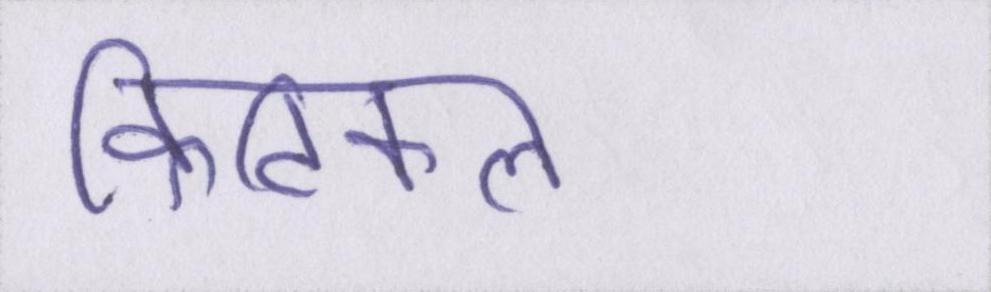
क्रिटिकल